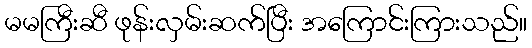
မမကြီးဆီ ဖုန်းလှမ်းဆက်ပြီး အကြောင်းကြားသည်။